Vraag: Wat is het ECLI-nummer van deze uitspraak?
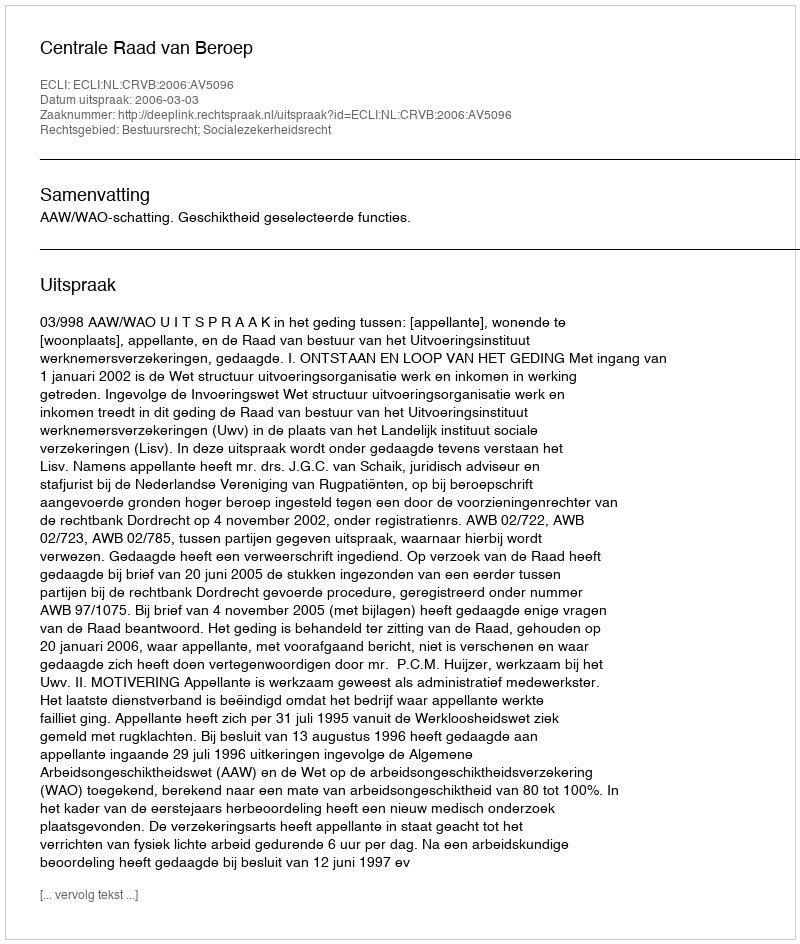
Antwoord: ECLI:NL:CRVB:2006:AV5096